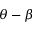
\theta - \beta